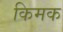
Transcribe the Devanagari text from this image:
किमक